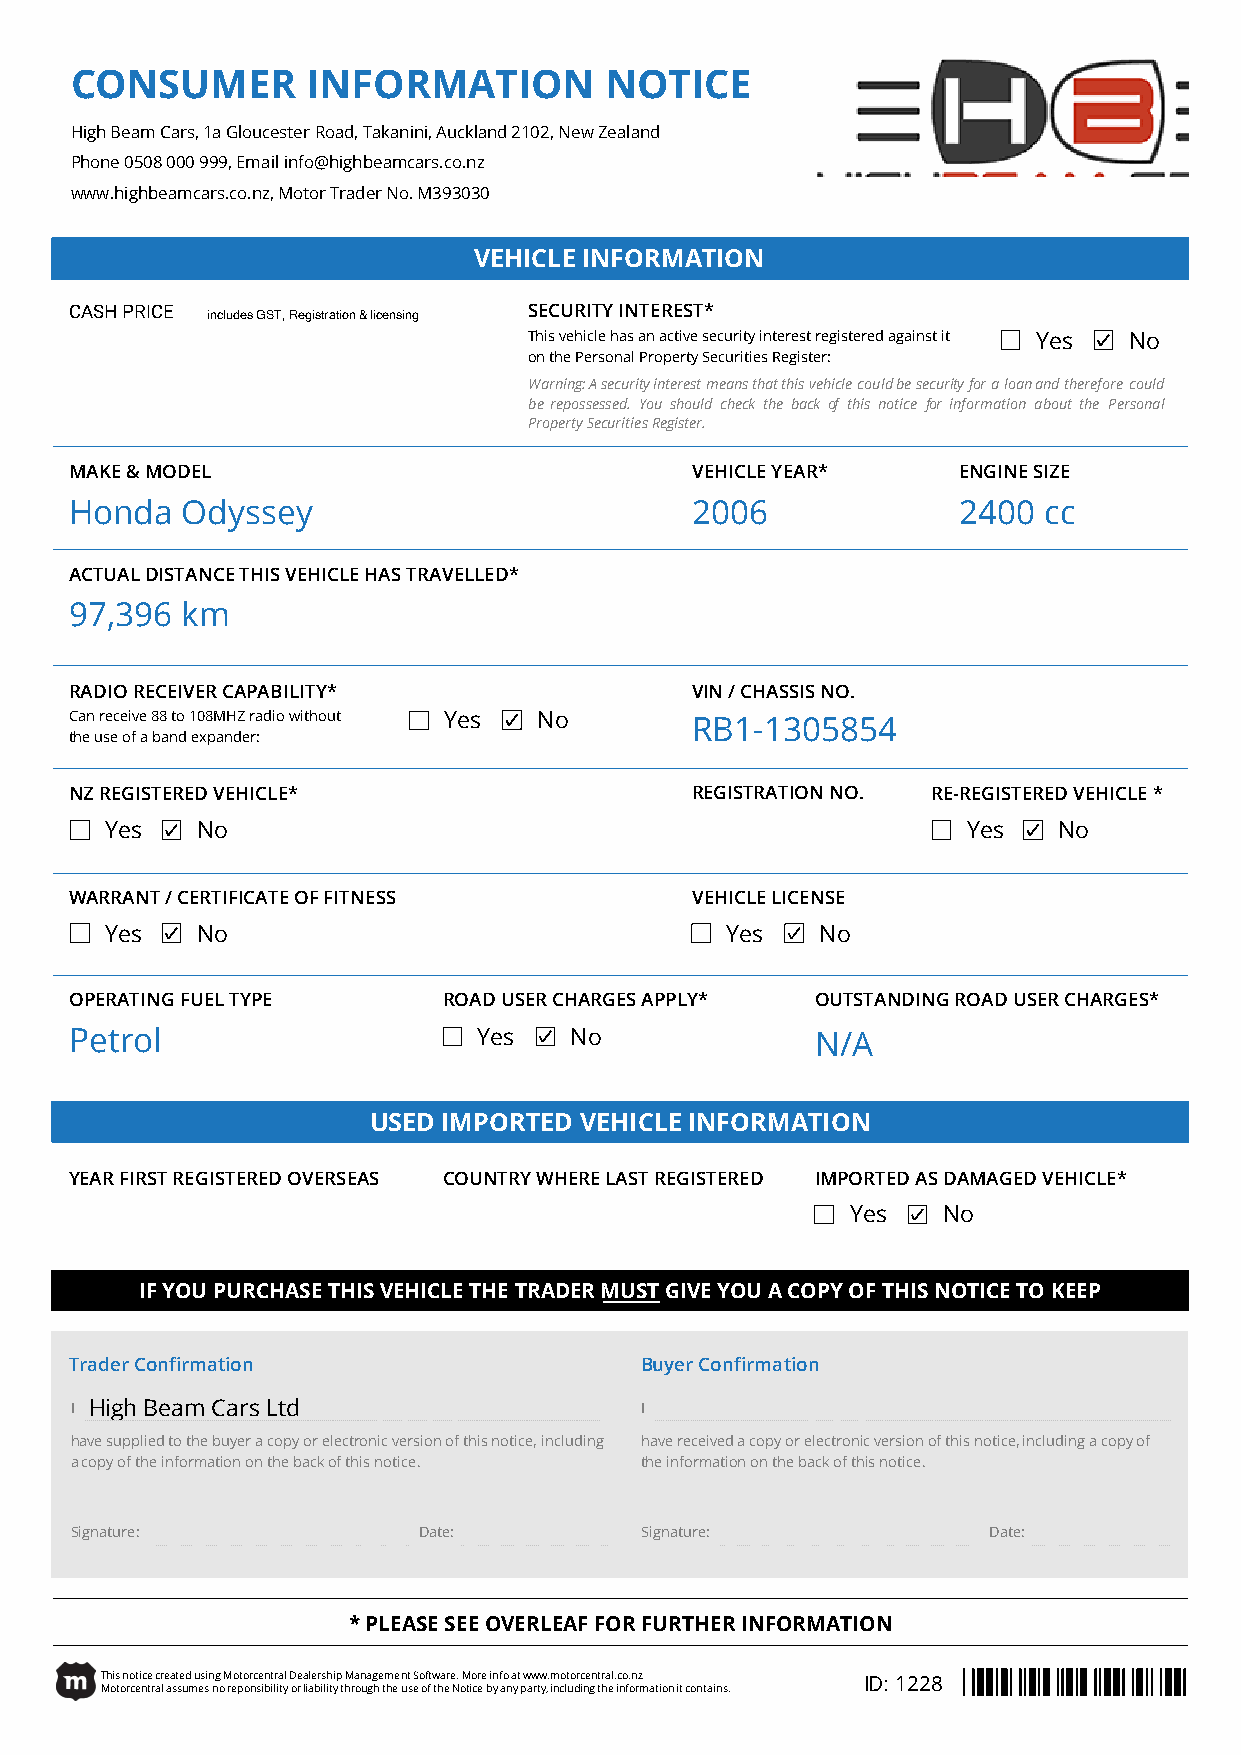
CONSUMER       INFORMATION         NOTICE
 High Beam Cars, 1a Gloucester Road, Takanini, Auckland 2102, New Zealand
 Phone 0508 000 999, Email info@highbeamcars.co.nz
 www.highbeamcars.co.nz, Motor Trader No. M393030
 VEHICLE INFORMATION
 CASH PRICE includes GST, Registration & licensing SECURITY INTEREST*
 This vehicle has an active security interest registered against it Yes No
 on the Personal Property Securities Register:
 Warning:Asecurityinterestmeansthatthisvehiclecouldbesecurityforaloanandthereforecould
 berepossessed. You should check the back of this notice for information about the Personal
 Property Securities Register.
 MAKE & MODEL                             VEHICLE YEAR*    ENGINE SIZE
 Honda  Odyssey                           2006             2400  cc
 ACTUAL DISTANCE THIS VEHICLE HAS TRAVELLED*
 97,396 km
 RADIO RECEIVER CAPABILITY*               VIN / CHASSIS NO.
 Can receive 88 to 108MHZ radio without Yes No RB1-1305854
 the use of a band expander:
 NZ REGISTERED VEHICLE*                   REGISTRATION NO. RE-REGISTERED VEHICLE *
 Yes   No                                                 Yes   No
 WARRANT / CERTIFICATE OF FITNESS         VEHICLE LICENSE
 Yes   No                                 Yes   No
 OPERATING FUEL TYPE     ROAD USER CHARGES APPLY* OUTSTANDING ROAD USER CHARGES*
 Petrol                     Yes   No              N/A
 USED IMPORTED VEHICLE INFORMATION
 YEAR FIRST REGISTERED OVERSEAS COUNTRY WHERE LAST REGISTERED IMPORTED AS DAMAGED VEHICLE*
 Yes   No
 IF YOU PURCHASE THIS VEHICLE THE TRADER MUST GIVE YOU A COPY OF THIS NOTICE TO KEEP
 Trader Confirmation                  Buyer Confirmation
 I High Beam Cars Ltd                 I
 have supplied to the buyer a copy or electronic version of this notice, including have received a copy or electronic version of this notice, including a copy of
 a copy of the information on the back of this notice. the information on the back of this notice.
 Signature:             Date:         Signature:             Date:
 * PLEASE SEE OVERLEAF FOR FURTHER INFORMATION
 This notice created using Motorcentral Dealership Management Software. More info at www.motorcentral.co.nz ID: 1228
 Motorcentral assumes no reponsibility or liability through the use of the Notice by any party, including the information it contains.